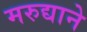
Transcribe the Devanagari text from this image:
मरुद्याने